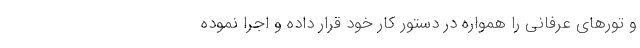
و تورهای عرفانی را همواره در دستور کار خود قرار داده و اجرا نموده